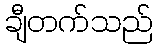
ချီတက်သည်